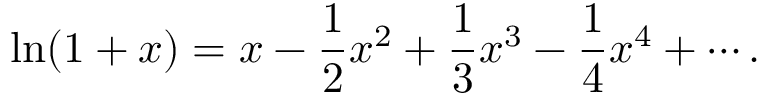
\ln ( 1 + x ) = x - { \frac { 1 } { 2 } } x ^ { 2 } + { \frac { 1 } { 3 } } x ^ { 3 } - { \frac { 1 } { 4 } } x ^ { 4 } + \cdots .